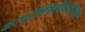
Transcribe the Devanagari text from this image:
कार्बॉक्सिक्विनोलोन